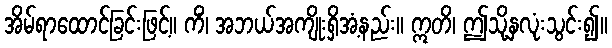
အိမ်ရာထောင်ခြင်းဖြင့်။ ကိံ၊ အဘယ်အကျိုးရှိအံ့နည်း။ ဣတိ၊ ဤသို့နှလုံးသွင်း၍။